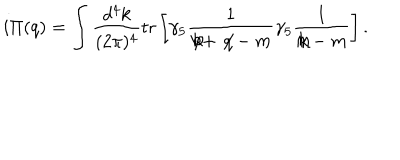
i \Pi ( q ) = \int \frac { d ^ { 4 } k } { ( 2 \pi ) ^ { 4 } } { \mathrm { t r } } \left[ \gamma _ { 5 } \frac { 1 } { \not \! k + \not \! q - m } \gamma _ { 5 } \frac { 1 } { \not \! k - m } \right] .